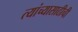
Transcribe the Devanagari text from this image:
त्यांच्यासाठीची